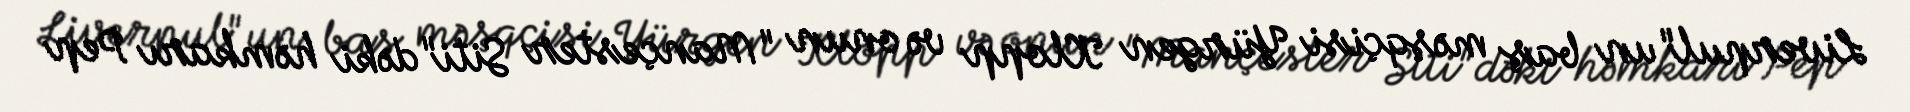
Liverpul"un baş məşqçisi Yürgen Klopp və onun "Mançester Siti"dəki həmkarı Pep